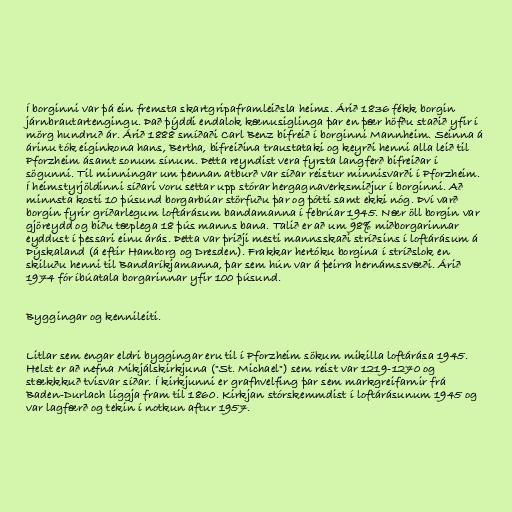
Í borginni var þá ein fremsta skartgripaframleiðsla heims. Árið 1836 fékk borgin
járnbrautartengingu. Það þýddi endalok kænusiglinga þar en þær höfðu staðið yfir í
mörg hundruð ár. Árið 1888 smíðaði Carl Benz bifreið í borginni Mannheim. Seinna á
árinu tók eiginkona hans, Bertha, bifreiðina traustataki og keyrði henni alla leið til
Pforzheim ásamt sonum sínum. Þetta reyndist vera fyrsta langferð bifreiðar í
sögunni. Til minningar um þennan atburð var síðar reistur minnisvarði í Pforzheim.
Í heimstyrjöldinni síðari voru settar upp stórar hergagnaverksmiðjur í borginni. Að
minnsta kosti 10 þúsund borgarbúar störfuðu þar og þótti samt ekki nóg. Því varð
borgin fyrir gríðarlegum loftárásum bandamanna í febrúar 1945. Nær öll borgin var
gjöreydd og biðu tæplega 18 þús manns bana. Talið er að um 98% miðborgarinnar
eyddust í þessari einu árás. Þetta var þriðji mesti mannsskaði stríðsins í loftárásum á
Þýskaland (á eftir Hamborg og Dresden). Frakkar hertóku borgina í stríðslok en
skiluðu henni til Bandaríkjamanna, þar sem hún var á þeirra hernámssvæði. Árið
1974 fór íbúatala borgarinnar yfir 100 þúsund.

Byggingar og kennileiti.

Litlar sem engar eldri byggingar eru til í Pforzheim sökum mikilla loftárása 1945.
Helst er að nefna Mikjálskirkjuna ("St. Michael") sem reist var 1219-1270 og
stækkkuð tvisvar síðar. Í kirkjunni er grafhvelfing þar sem markgreifarnir frá
Baden-Durlach liggja fram til 1860. Kirkjan stórskemmdist í loftárásunum 1945 og
var lagfærð og tekin í notkun aftur 1957.